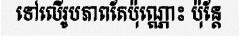
ទៅលើរូបភាពតែប៉ុណ្ណោះ ប៉ុន្តែ